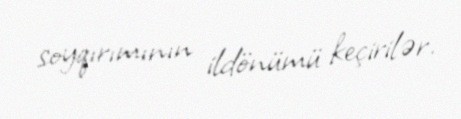
soyqırımının ildönümü keçirilər.